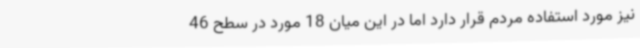
نیز مورد استفاده مردم قرار دارد اما در این میان 18 مورد در سطح 46